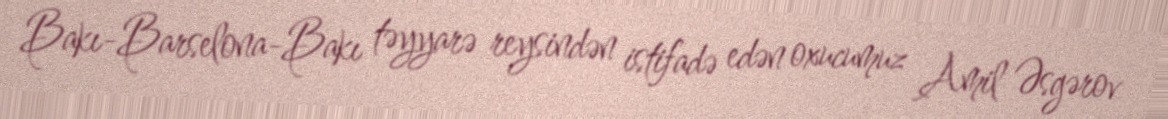
Bakı-Barselona-Bakı təyyarə reysindən istifadə edən oxucumuz Amil Əsgərov